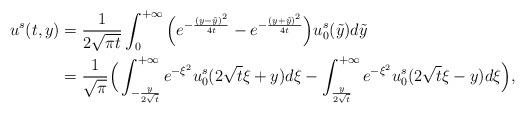
LaTeX: \begin{align*}u^s (t,y) &=\frac{1}{2\sqrt {\pi t}} \int^{+\infty}_{0} \Big(e^{-\frac{(y-\tilde{y})^2}{4 t}}-e^{-\frac{(y+\tilde{y})^2}{4 t}}\Big) u_0^s (\tilde{y}) d\tilde{y}\\&=\frac{1}{\sqrt {\pi}} \Big(\int^{+\infty}_{- {\frac{y}{2\sqrt t}}} e^{-\xi^2} u_0^s (2\sqrt t \xi +y) d\xi - \int^{+\infty}_{ {\frac{y}{2\sqrt t}}} e^{-\xi^2}u_0^s (2\sqrt t \xi -y)d\xi \Big),\end{align*}